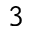
3